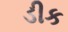
ડીક